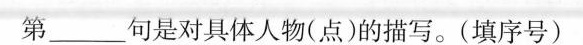
第_____句是对具体人物(点)的描写。(填序号)